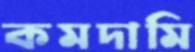
কমদামি